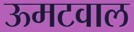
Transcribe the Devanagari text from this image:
ऊमटवाल